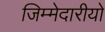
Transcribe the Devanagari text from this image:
जिम्मेदारीयो